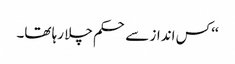
‘‘ کس انداز سے حکم چلا رہا تھا۔